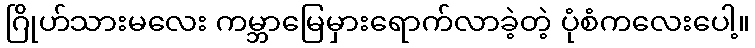
ဂြိုဟ်သားမလေး ကမ္ဘာမြေမှားရောက်လာခဲ့တဲ့ ပုံစံကလေးပေါ့။